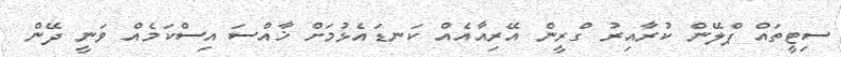
ސިޓީތައް ޕްލޭން ކުރާއިރު ގްރީން އޭރިއާއެއް ކަނޑައެޅުމަށް ޚާއްސަ އިސްކަމެއް ވަނީ ދޭން